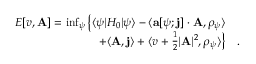
\begin{array} { r l } { E [ v , \mathbf { A } ] = \operatorname* { i n f } _ { \psi } \big \{ \langle \psi | H _ { 0 } | \psi \rangle - \langle \mathbf { a } [ \psi ; \mathbf { j } ] \cdot \mathbf { A } , \rho _ { \psi } \rangle } & { } \\ { + \langle \mathbf { A } , \mathbf { j } \rangle + \langle v + \frac 1 2 \vert \mathbf { A } \vert ^ { 2 } , \rho _ { \psi } \rangle \big \} } & { . } \end{array}